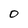
Character: 0